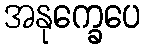
အနုက္ခေပေ